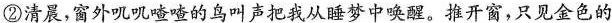
②清晨，窗外叽叽喳喳的鸟叫声把我从睡梦中唤醒。推开窗，只见金色的